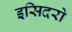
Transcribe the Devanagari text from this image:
इसिदरो